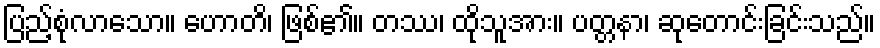
ပြည့်စုံလာသော။ ဟောတိ၊ ဖြစ်၏။ တဿ၊ ထိုသူအား။ ပတ္တနာ၊ ဆုတောင်းခြင်းသည်။